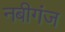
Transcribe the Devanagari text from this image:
नबीगंज